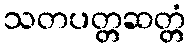
သတပတ္တဆတ္တံ